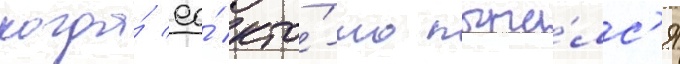
когда́ ео́ кто́-то пыта́лс'я